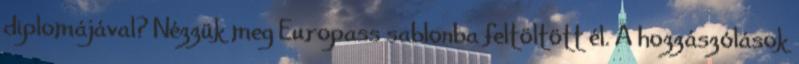
diplomájával? Nézzük meg Europass sablonba feltöltött él. A hozzászólások